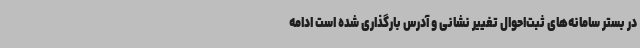
در بستر سامانه‌های ثبت‌احوال تغییر نشانی و آدرس بارگذاری شده است ادامه